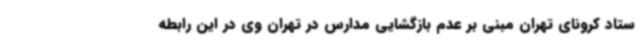
ستاد کرونای تهران مبنی بر عدم بازگشایی مدارس در تهران وی در این رابطه